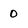
Character: 0